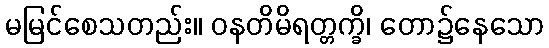
မမြင်စေသတည်း။ ဝနတိမိရတ္တက္ခိ၊ တော၌နေသော